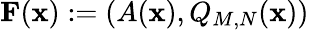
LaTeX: \mathbf{F}(\mathbf{x}):=(A(\mathbf{x}),Q_{M,N}(\mathbf{x}))